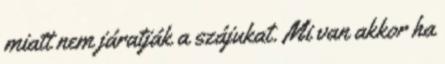
miatt nem járatják a szájukat. Mi van akkor ha